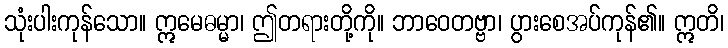
သုံးပါးကုန်သော။ ဣမေဓမ္မာ၊ ဤတရားတို့ကို။ ဘာဝေတဗ္ဗာ၊ ပွားစေအပ်ကုန်၏။ ဣတိ၊